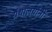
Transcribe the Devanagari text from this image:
ग्रंथालयांनी